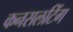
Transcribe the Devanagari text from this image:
कनसलटिंग